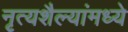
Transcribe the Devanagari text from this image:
नृत्यशैल्यांमध्ये